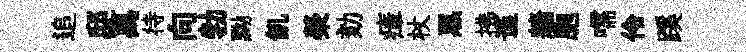
追邸萬待向勃黝飢榮劾瘴杖黑拂谨牆胞嚅伶蹊